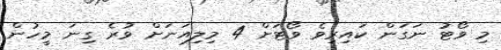
މި ވޯޓު ނަގަން ކައިރިވެ ވޯޓަށް 4 މިލިއަނަށް ވުރެ ގިނަ މީހުން